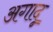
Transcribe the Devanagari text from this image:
अगादू